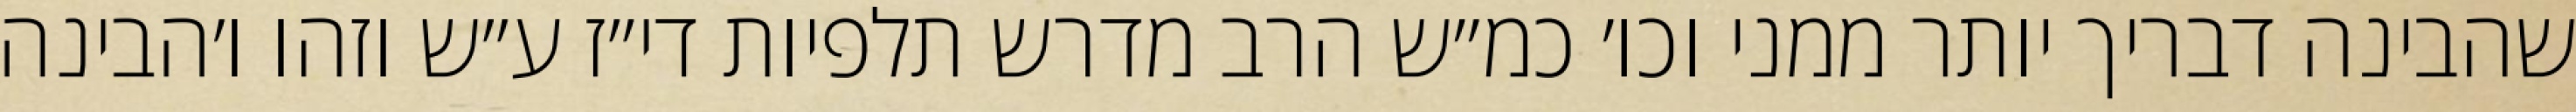
שהבינה דבריך יותר ממני וכו׳ כמ״ש הרב מדרש תלפיות די״ז ע״ש וזהו ו׳הבינה